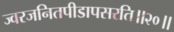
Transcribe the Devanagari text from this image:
ज्वरजनितपीडापसरति॥२०॥